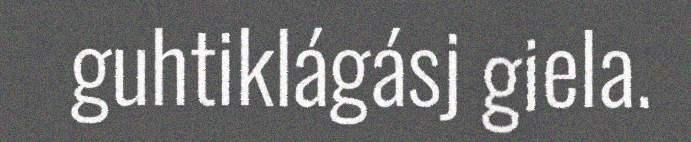
guhtiklágásj giela.